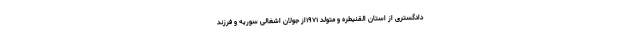
دادگستری از استان القنیطره و متولد ۱۹۷۱از جولان اشغالی سوریه و فرزند